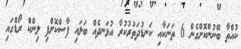
ކުއްތާ ބޭނުންކޮށްގެން 6 ތަނަކާއި ކަނޑުދަތުރުކުރާ އުޅަނދެއް ބަލައި ފާސްކޮށްފި ލިންކް ރޯޑްގައި